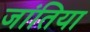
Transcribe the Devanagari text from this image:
जांतिया